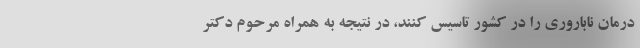
درمان ناباروری را در کشور تاسیس کنند، در نتیجه به همراه مرحوم دکتر